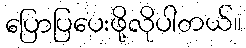
ပြောပြပေးဖို့လိုပါတယ်။